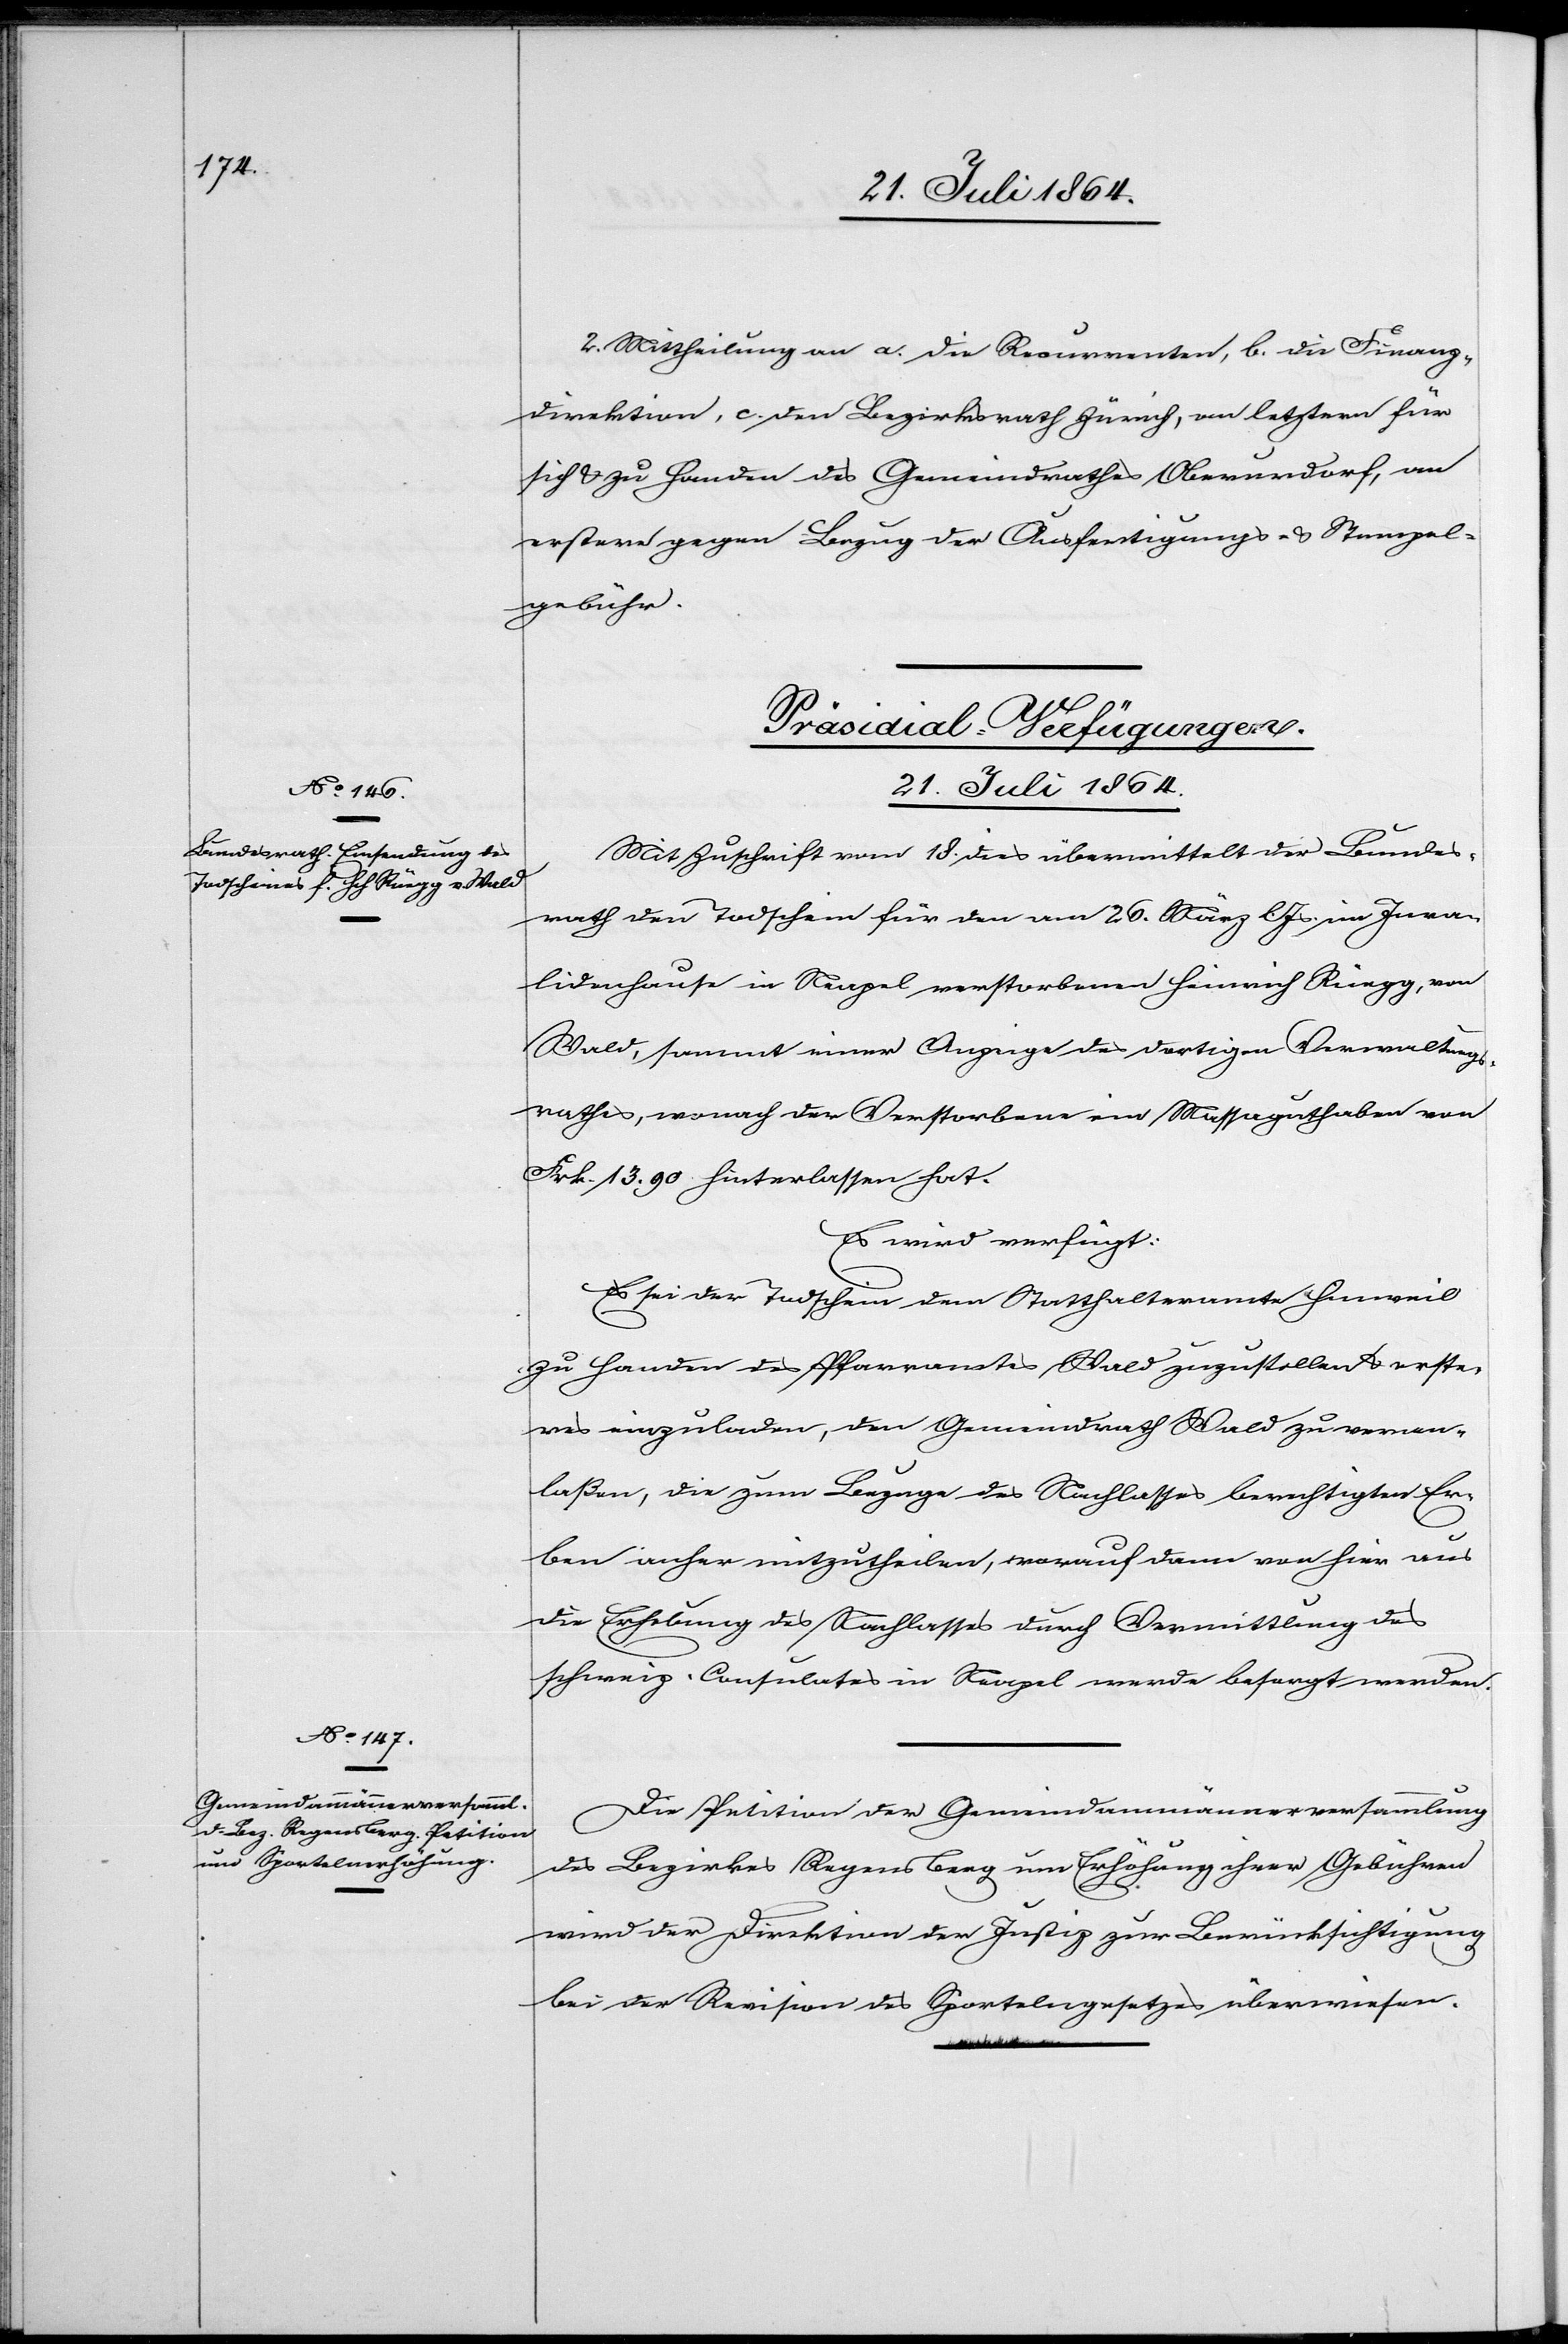
21. Juli 1864.]
2. Mittheilung an a. die Recurrenten, b. die Finanz¬
direktion, c. den Bezirksrath Zürich, an letztern für
sich u. zu Handen des Gemeindrathes Oberurdorf, an
erstere gegen Bezug der Ausfertigungs- u. Stempel¬
gebühr.
[Präsidial-Verfügungen.
Mit Zuschrift vom 18. dies übermittelt der Bundes¬
rath den Todschein für den am 26. März l. Js. im Inva¬
lidenhause in Neapel verstorbenen Heinrich Rüegg, von
Wald, sammt einer Anzeige des dortigen Verwaltungs¬
rathes, wonach der Verstorbene ein Massaguthaben von
Frk. 13. 90 hinterlassen hat.
Es wird verfügt:
Es sei der Todschein dem Statthalteramte Hinweil
zu Handen des Pfarramtes Wald zuzustellen u. erste¬
res einzuladen, den Gemeindrath Wald zu veran¬
laßen, die zum Bezuge des Nachlasses berechtigten Er¬
ben anher mitzutheilen, worauf dann von hier aus
die Erhebung des Nachlasses durch Vermittlung des
schweiz. Consulates in Neapel werde besorgt werden.
Die Petition der Gemeindammännerversammlung
des Bezirks Regensberg um Erhöhung ihrer Gebühren
wird der Direktion der Justiz zur Berücksichtigung
bei der Revision des Sportelngesetzes überwiesen.